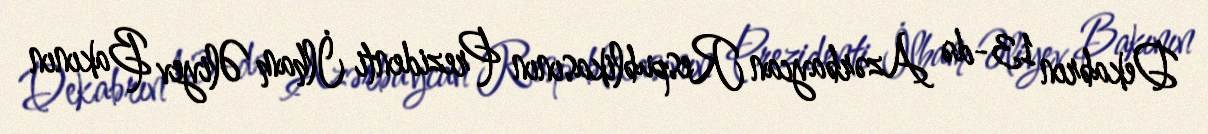
Dekabrın 13-də Azərbaycan Respublikasının Prezidenti İlham Əliyev Bakının